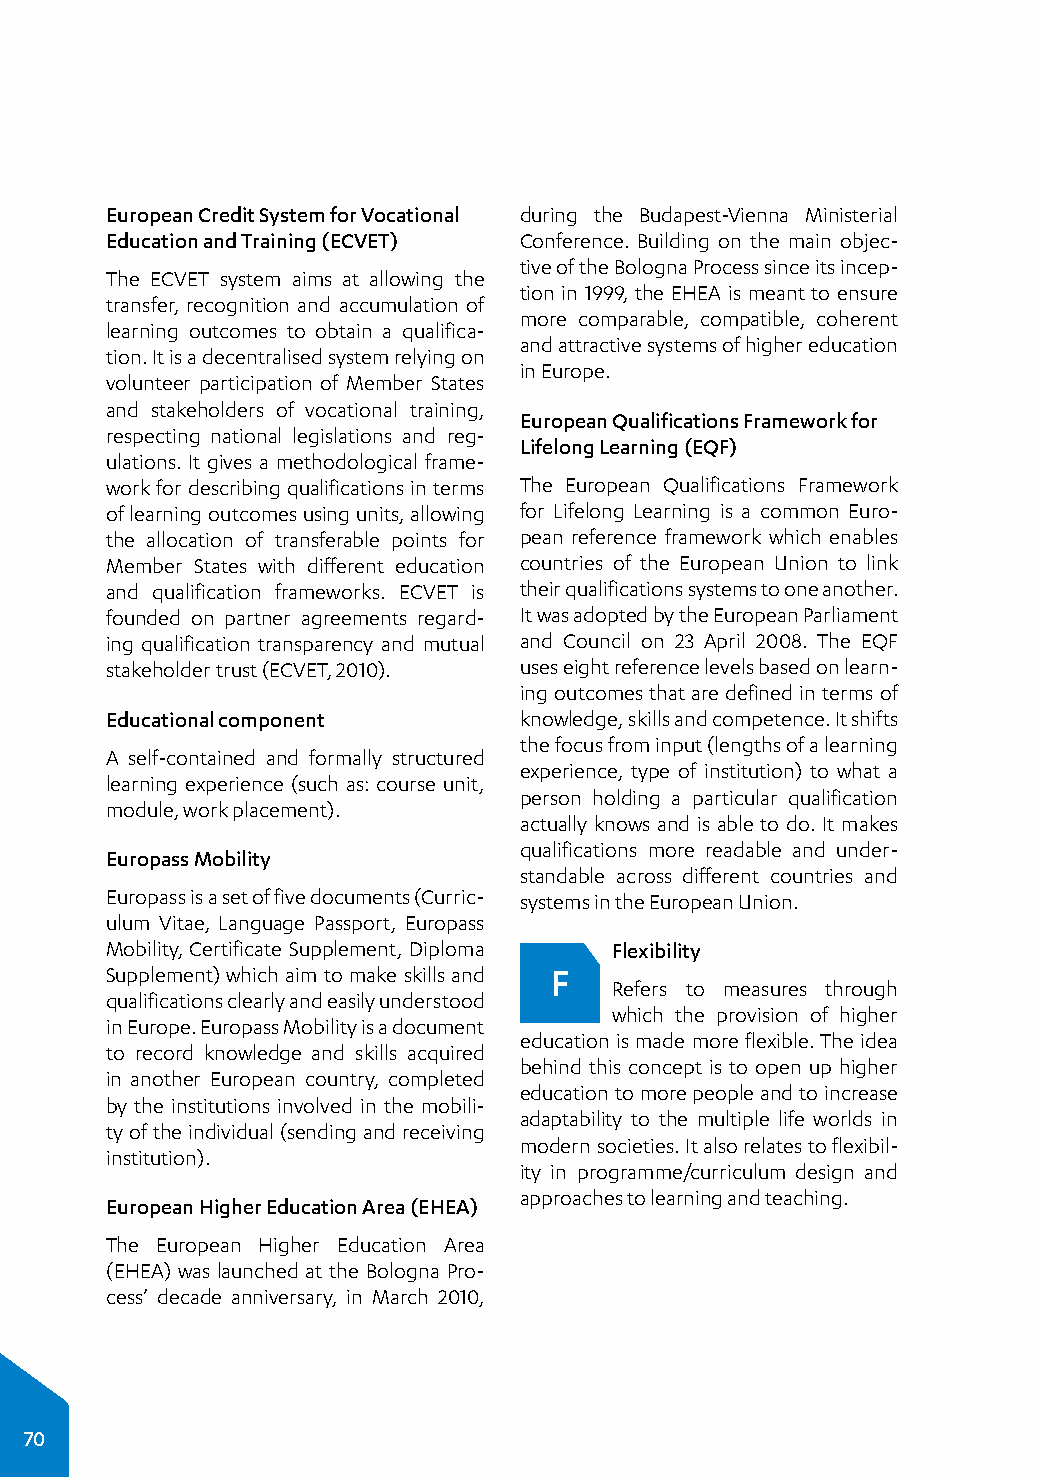
European Credit System for Vocational during the Budapest-Vienna Ministerial
 Education and Training (ECVET) Conference. Building on the main objec­
 tive of the Bologna Process since its incep­
 The ECVET system aims at allowing the
 tion in 1999, the EHEA is meant to ensure
 transfer, recognition and accumulation of
 more comparable, compatible, coherent
 learning outcomes to obtain a qualifica­
 and attractive systems of higher education
 tion. It is a decentralised system relying on
 in Europe.
 volunteer participation of Member States
 and stakeholders of vocational training,
 European Qualifications Framework for
 respecting national legislations and reg­
 Lifelong Learning (EQF)
 ulations. It gives a methodological frame­
 work for describing qualifications in terms The European Qualifications Framework
 of learning outcomes using units, allowing for Lifelong Learning is a common Euro­
 the allocation of transferable points for pean reference framework which enables
 Member States with different education countries of the European Union to link
 and qualification frameworks. ECVET is their qualifications systems to one another.
 founded on partner agreements regard­ It was adopted by the European Parliament
 ing qualification transparency and mutual and Council on 23 April 2008. The EQF
 stakeholder trust (ECVET, 2010). uses eight reference levels based on learn­
 ing outcomes that are defined in terms of
 Educational component      knowledge, skills and competence. It shifts
 the focus from input (lengths of a learning
 A self-contained and formally structured
 experience, type of institution) to what a
 learning experience (such as: course unit,
 person holding a particular qualification
 module, work placement).
 actually knows and is able to do. It makes
 qualifications more readable and under­
 Europass Mobility
 standable across different countries and
 Europass is a set of five documents (Curric­ systems in the European Union.
 ulum Vitae, Language Passport, Europass
 Mobility, Certificate Supplement, Diploma Flexibility
 Supplement) which aim to make skills and F
 Refers to measures through
 qualifications clearly and easily understood
 which the provision of higher
 in Europe. Europass Mobility is a document
 education is made more flexible. The idea
 to record knowledge and skills acquired
 behind this concept is to open up higher
 in another European country, completed
 education to more people and to increase
 by the institutions involved in the mobili­
 adaptability to the multiple life worlds in
 ty of the individual (sending and receiving
 modern societies. It also relates to flexibil­
 institution).
 ity in programme/curriculum design and
 approaches to learning and teaching.
 European Higher Education Area (EHEA)
 The European Higher Education Area
 (EHEA) was launched at the Bologna Pro­
 cess’ decade anniversary, in March 2010,
 70